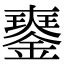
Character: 𨫹